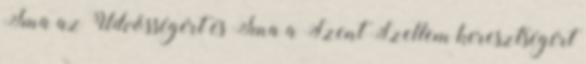
Ima az Üdvösségért és Ima a Szent Szellem keresztségért